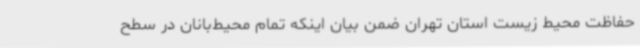
حفاظت محیط زیست استان تهران ضمن بیان اینکه تمام محیط‌بانان در سطح